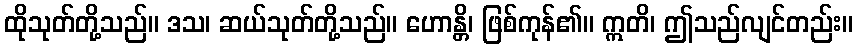
ထိုသုတ်တို့သည်။ ဒသ၊ ဆယ်သုတ်တို့သည်။ ဟောန္တိ၊ ဖြစ်ကုန်၏။ ဣတိ၊ ဤသည်လျင်တည်း။